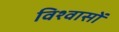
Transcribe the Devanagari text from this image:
विश्‍वासों